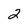
Character: 2